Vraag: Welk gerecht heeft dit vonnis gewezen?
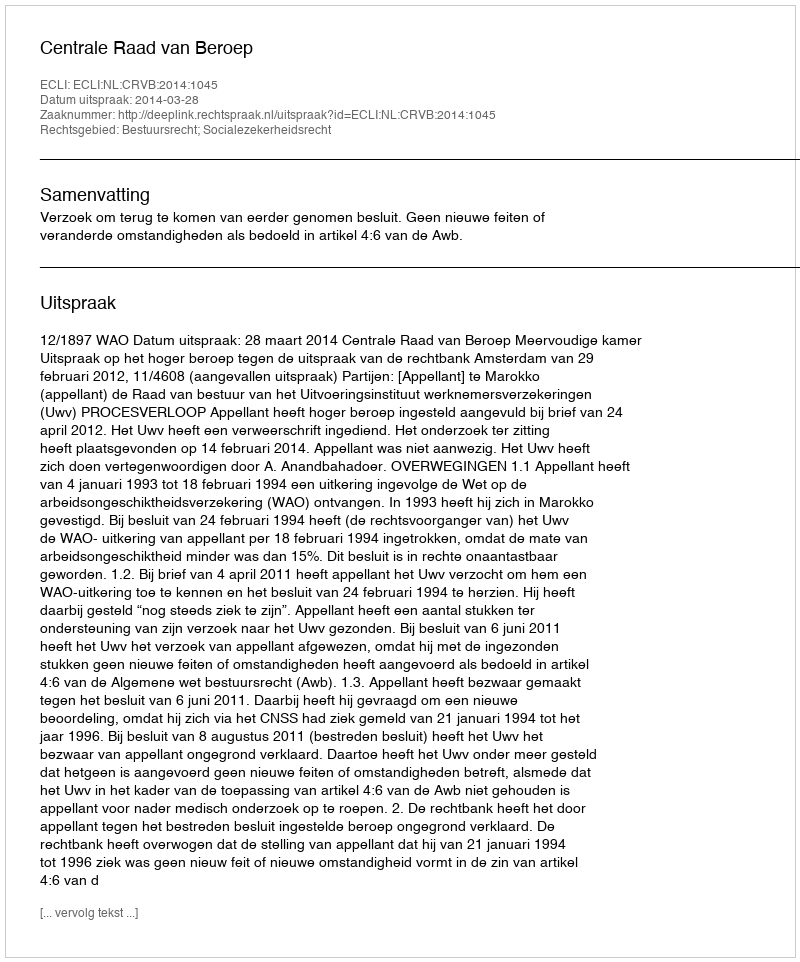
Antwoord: Centrale Raad van Beroep